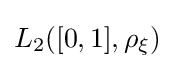
L_{2}([0,1],\rho _{\xi })